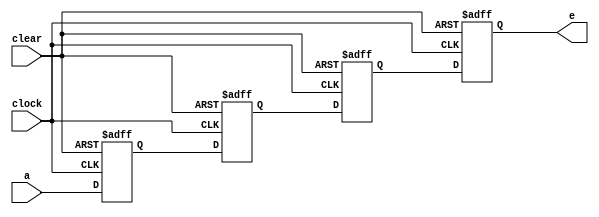
module shiftreg(clock,clear,a,e);
	output reg e; 
	reg b,c,d;
	input clock,clear,a; 
  always@(posedge clock or negedge clear)
	 begin
	  if(!clear)
	   begin
	   b<=0;c<=0;d<=0;e<=0; // non blocking statement"runs in prallel"
	   end
	  else
	   begin
	   e<=d;
	   d<=c;
	   c<=b;
	   b<=a;
	   end
	 end   
endmodule